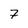
Character: 7